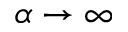
\alpha \to \infty